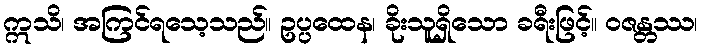
ဣသိ၊ အကြင်ရသေ့သည်။ ဥပ္ပထေန၊ ခိုးသူရှိသော ခရီးဖြင့်။ ဝဇန္တဿ၊